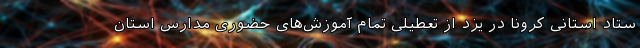
ستاد استانی کرونا در یزد از تعطیلی تمام آموزش‌های حضوری مدارس استان